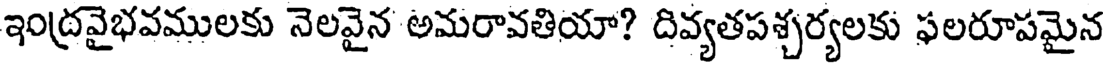
ఇంద్రవైభవములకు నెలవైన అమరావతియా? దివ్యతపశ్చర్యలకు ఫలరూపమైన